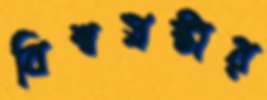
বিশ্বস্রষ্টার